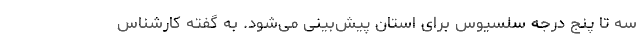
سه تا پنج درجه سلسیوس برای استان پیش‌بینی می‌شود. به گفته کارشناس